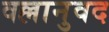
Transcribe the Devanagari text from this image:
वल्लानुवद